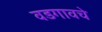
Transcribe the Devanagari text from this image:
वडगावचे